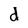
Character: d